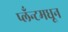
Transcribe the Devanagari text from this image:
प्लँन्टमधून